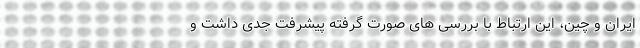
ایران و چین، این ارتباط با بررسی های صورت گرفته پیشرفت جدی داشت و